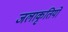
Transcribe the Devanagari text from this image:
जलाकृतियों